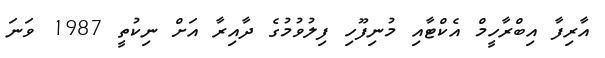
އާރިފާ އިބްރާހީމް އެކްޓާއި މުނިފޫހި ފިލުވުމުގެ ދާއިރާ އަށް ނިކުތީ 1987 ވަނަ